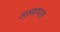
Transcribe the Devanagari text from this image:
अत्याघात